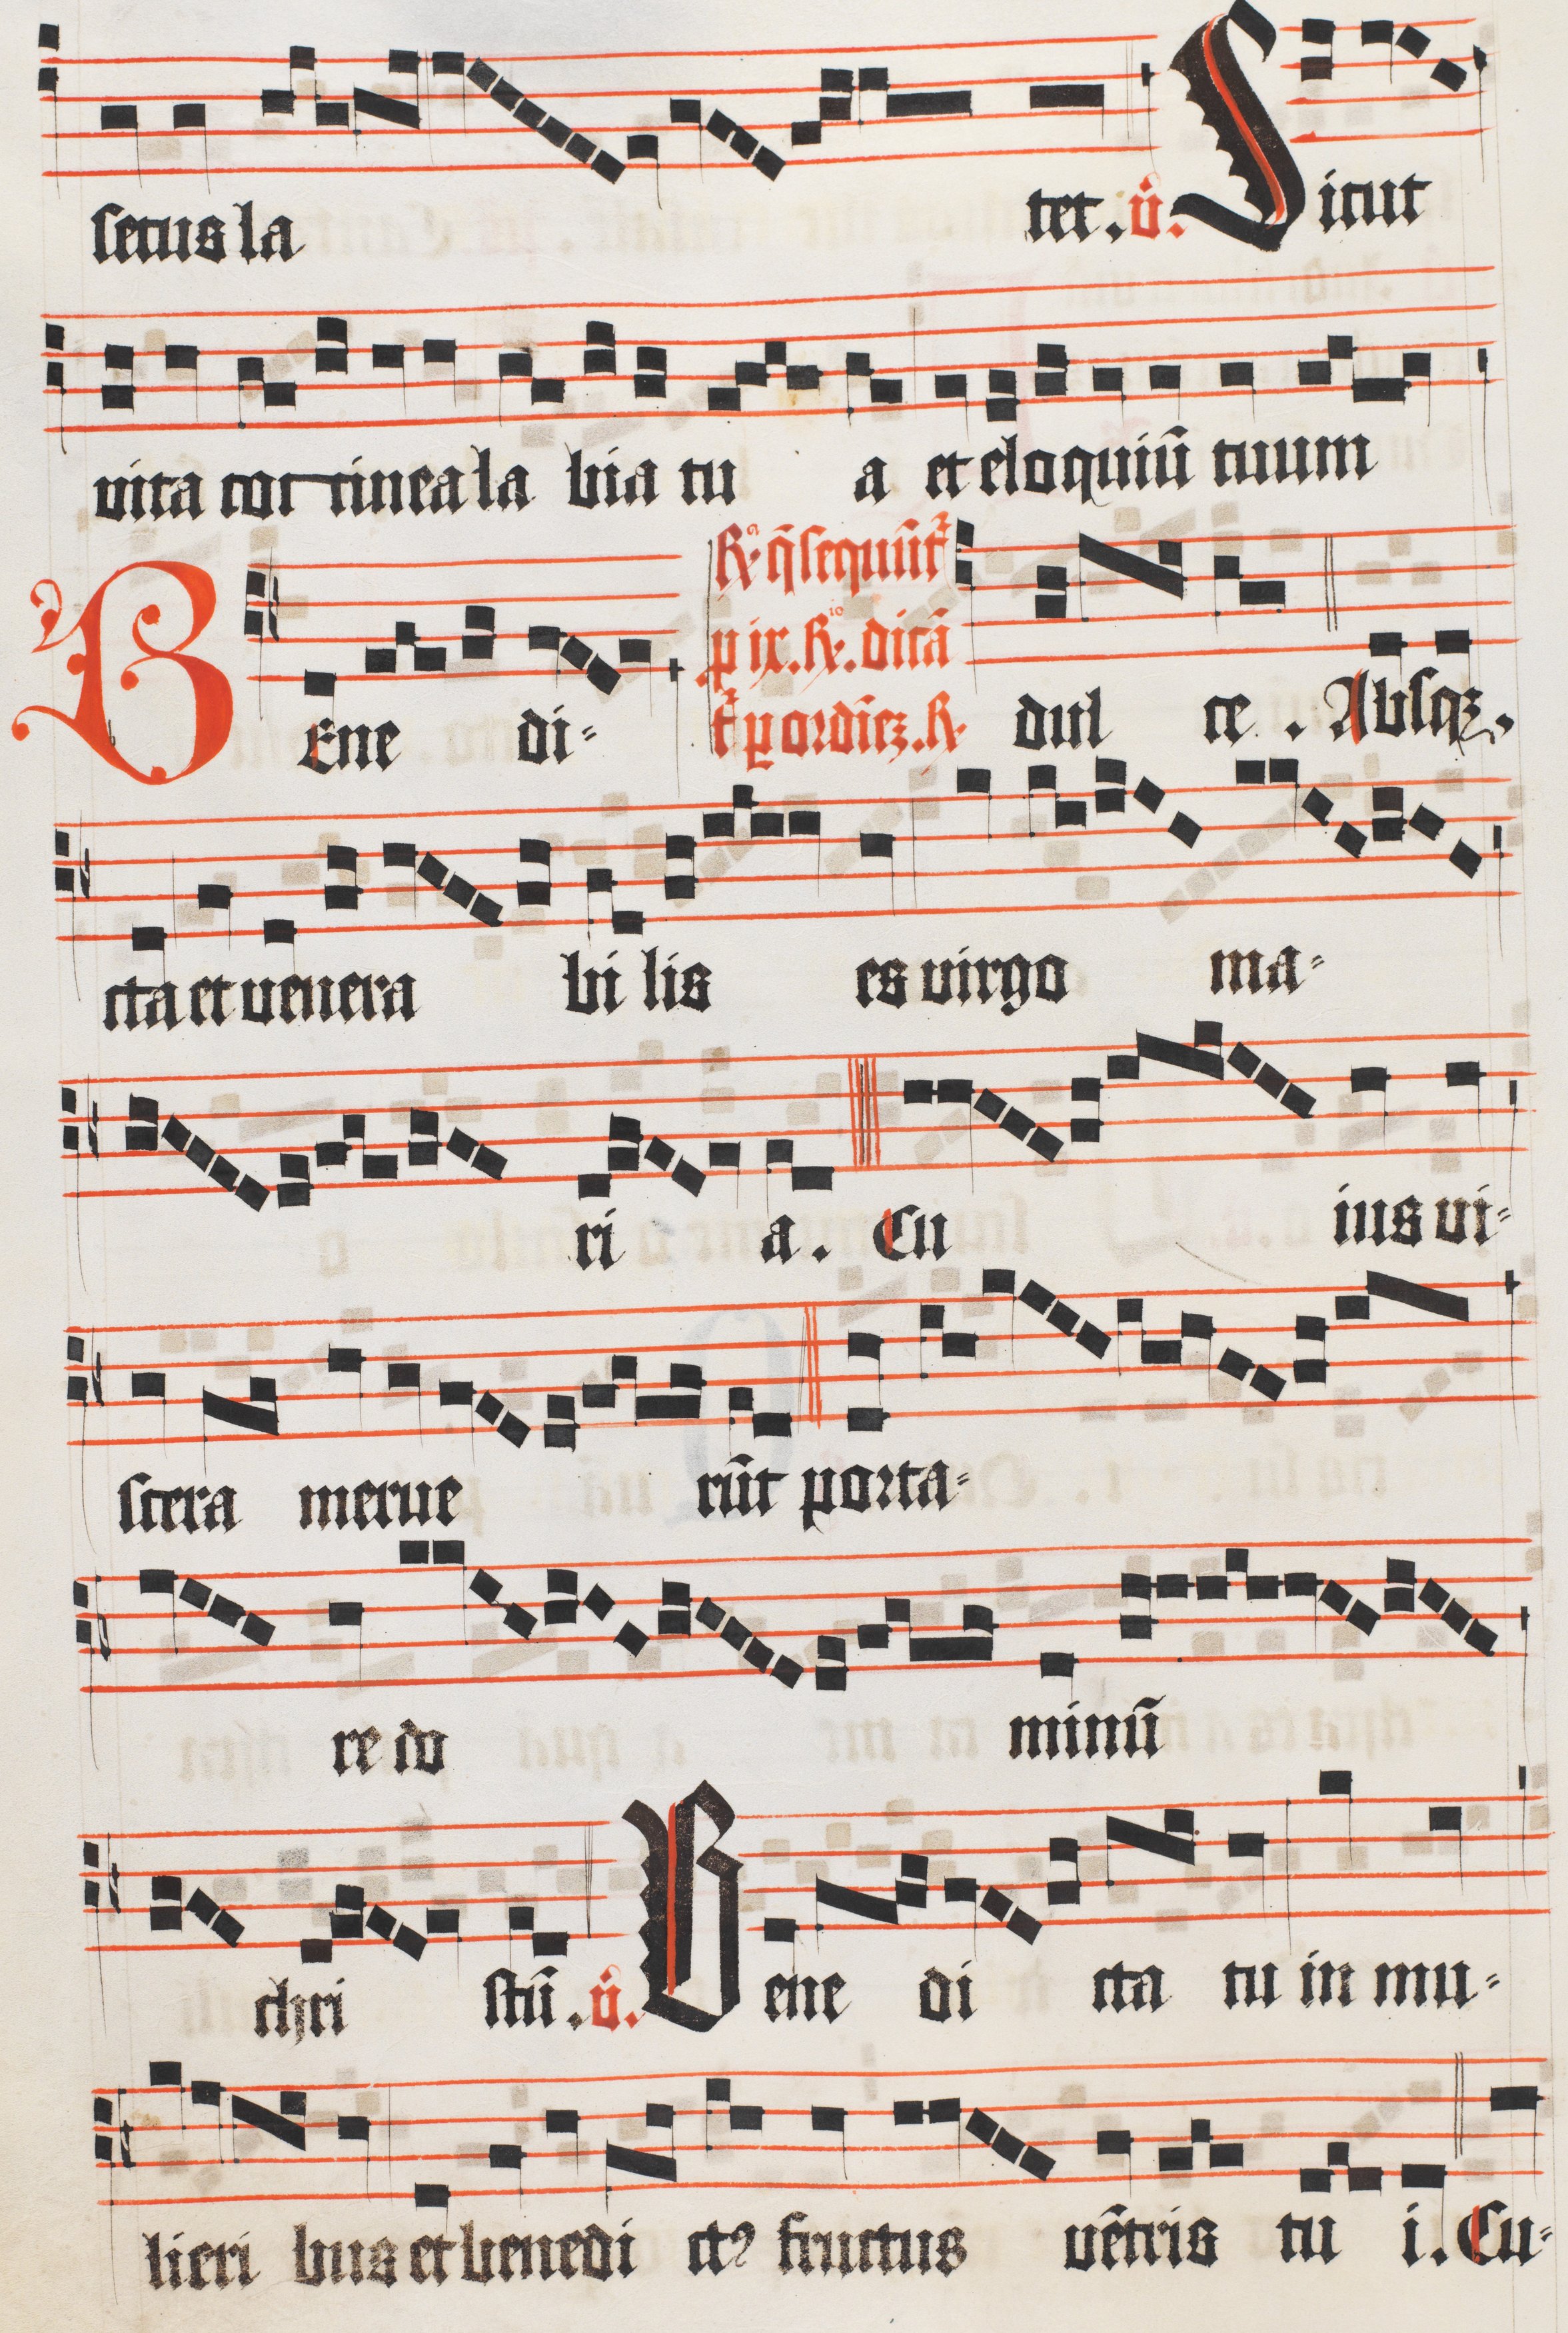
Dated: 1510–1517